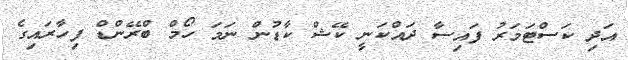
އަދި ކަސްޓަމަރު ފައިސާ ދައްކަނީ ކޭޝް ކާޑުން ނަމަ ހޯމް ބްރޭންޑް ފިހާރައިގެ